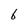
Character: 6